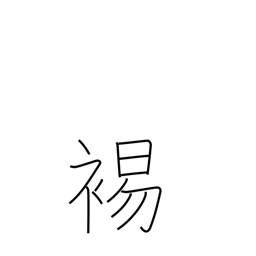
Meaning: to bare the shoulder